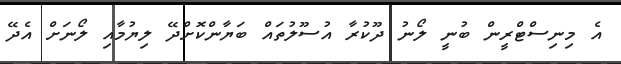
އެ މިނިސްޓްރީން ބުނީ ލޯނު ދޫކުރާ އުސޫލުތައް ބަޔާންކޮށްދޭ ލިޔުމާއި ލޯނަށް އެދޭ